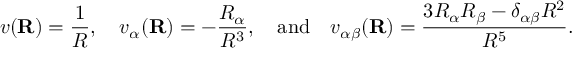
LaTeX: v ( \mathbf { R } ) = { \frac { 1 } { R } } , \quad v _ { \alpha } ( \mathbf { R } ) = - { \frac { R _ { \alpha } } { R ^ { 3 } } } , \quad { \mathrm { a n d } } \quad v _ { \alpha \beta } ( \mathbf { R } ) = { \frac { 3 R _ { \alpha } R _ { \beta } - \delta _ { \alpha \beta } R ^ { 2 } } { R ^ { 5 } } } .